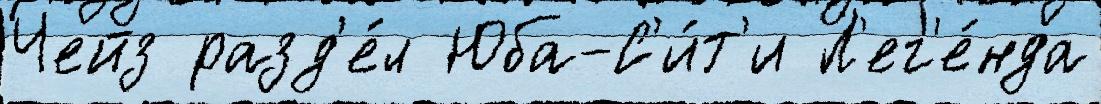
Чейз разд'е́л Юба-С'и́т'и Л'ег'е́нда